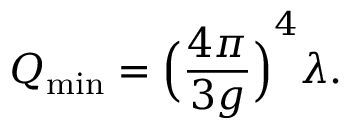
Q _ { \operatorname* { m i n } } = { { \Big ( } { \frac { 4 \pi } { 3 g } } { \Big ) } } ^ { 4 } \lambda .